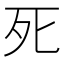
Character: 死